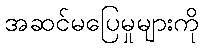
အဆင်မပြေမှုများကို